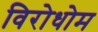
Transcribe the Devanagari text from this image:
विरोधोम